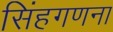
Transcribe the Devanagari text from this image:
सिंहगणना